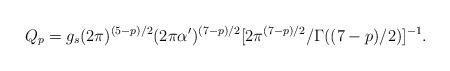
LaTeX: \begin{align*}Q_p = g_s (2\pi)^{(5-p)/2} (2\pi \alpha^{\prime})^{(7-p)/2} [2\pi^{(7-p)/2}/\Gamma((7-p)/2)]^{-1}.\end{align*}